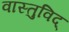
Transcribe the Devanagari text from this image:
वास्‍तुविद्